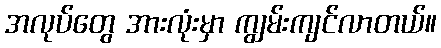
အလုပ်တွေ အားလုံးမှာ ကျွမ်းကျင်လာတယ်။